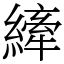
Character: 縴